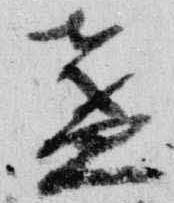
盞